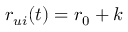
r _ { u i } ( t ) = r _ { 0 } + k